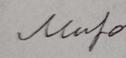
Signature authenticity: forged